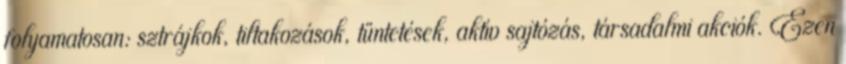
folyamatosan: sztrájkok, tiltakozások, tüntetések, aktív sajtózás, társadalmi akciók. Ezen